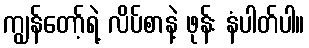
ကျွန်တော့်ရဲ့ လိပ်စာနဲ့ ဖုန်း နံပါတ်ပါ။